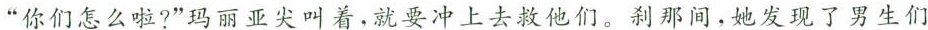
”你们怎么啦?”玛丽亚尖叫着，就要冲上去救他们。刹那间，她发现了男生们